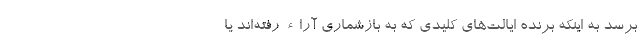
برسد به اینکه برنده ایالت‌های کلیدی که به بازشماری آراء رفته‌اند یا